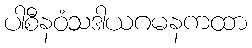
ပါစီနဝံသဒါယဂမနကထာ